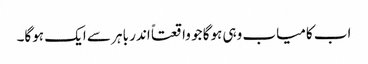
اب کامیاب وہی ہوگا جو واقعتاً اندر باہر سے ایک ہوگا۔